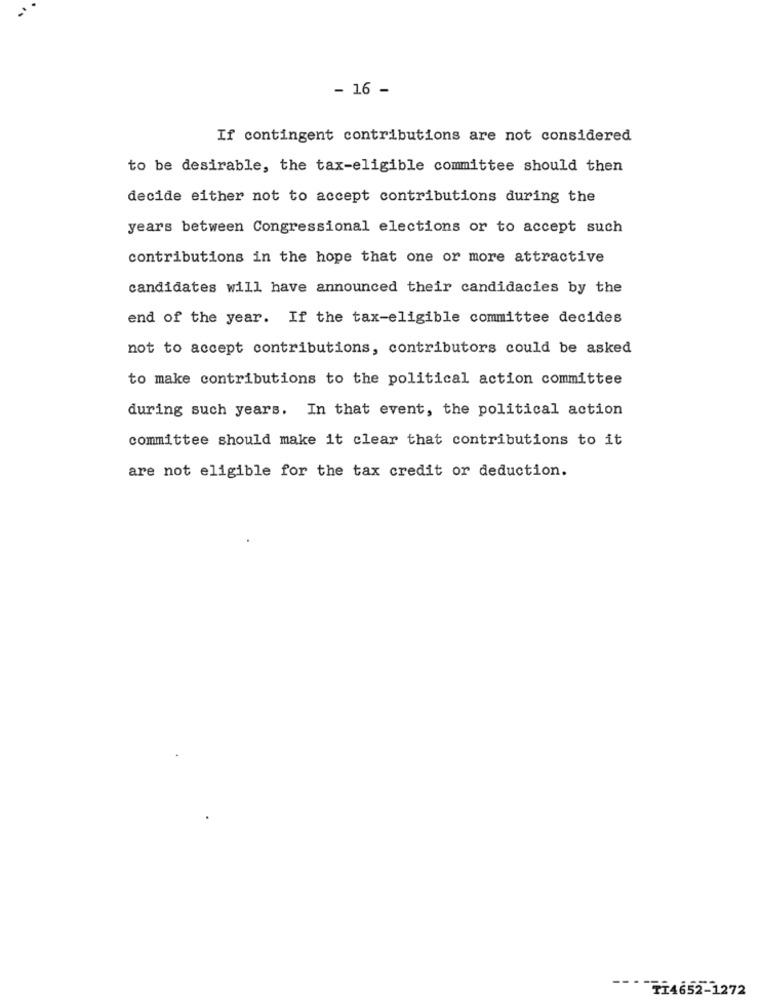
- 16 -
If contingent contributions are not considered
to be desirable, the tax-eligible committee should then
decide either not to accept contributions during the
years between Congressional elections or to accept such
contributions in the hope that one or more attractive
candidates will have announced their candidacies by the
end of the year. If the tax-eligible committee decides
not to accept contributions, contributors could be asked
to make contributions to the political action committee
during such years. In that event, the political action
committee should make it clear that contributions to it
are not eligible for the tax credit or deduction.
""" "774652-1272